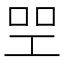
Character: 𠱯